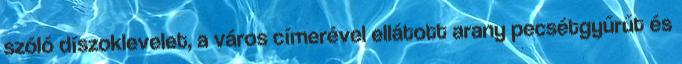
szóló díszoklevelet, a város címerével ellátott arany pecsétgyűrűt és